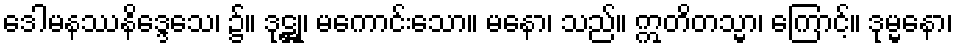
ဒေါမနဿနိဒ္ဒေသေ၊ ၌။ ဒုဋ္ဌု၊ မကောင်းသော။ မနော၊ သည်။ ဣတိတသ္မာ၊ ကြောင့်။ ဒုမ္မနော၊